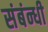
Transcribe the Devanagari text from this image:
संबंन्धी